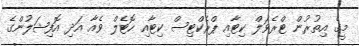
މީގެ އިތުރުން ޓްރެވަލް ކިޓާއި ޕްރެކްޓިސް ކިޓާއި ހޮޓެލް ވެއާ އަދި އޮފިޝަލުންގެ